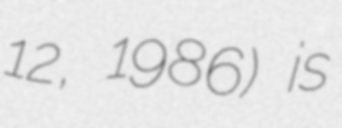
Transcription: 12, 1986) is